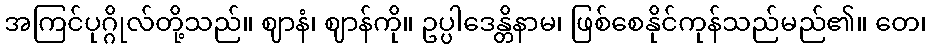
အကြင်ပုဂ္ဂိုလ်တို့သည်။ ဈာနံ၊ ဈာန်ကို။ ဥပ္ပါဒေန္တိနာမ၊ ဖြစ်စေနိုင်ကုန်သည်မည်၏။ တေ၊